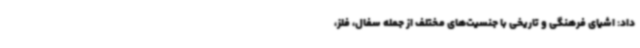
داد: اشیای فرهنگی و تاریخی با جنسیت‌های مختلف از جمله سفال، فلز،